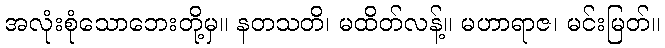
အလုံးစုံသောဘေးတို့မှ။ နတသတိ၊ မထိတ်လန့်။ မဟာရာဇ၊ မင်းမြတ်။